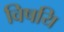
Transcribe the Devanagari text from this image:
विषयि